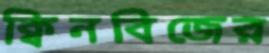
ক্বিনবিজের